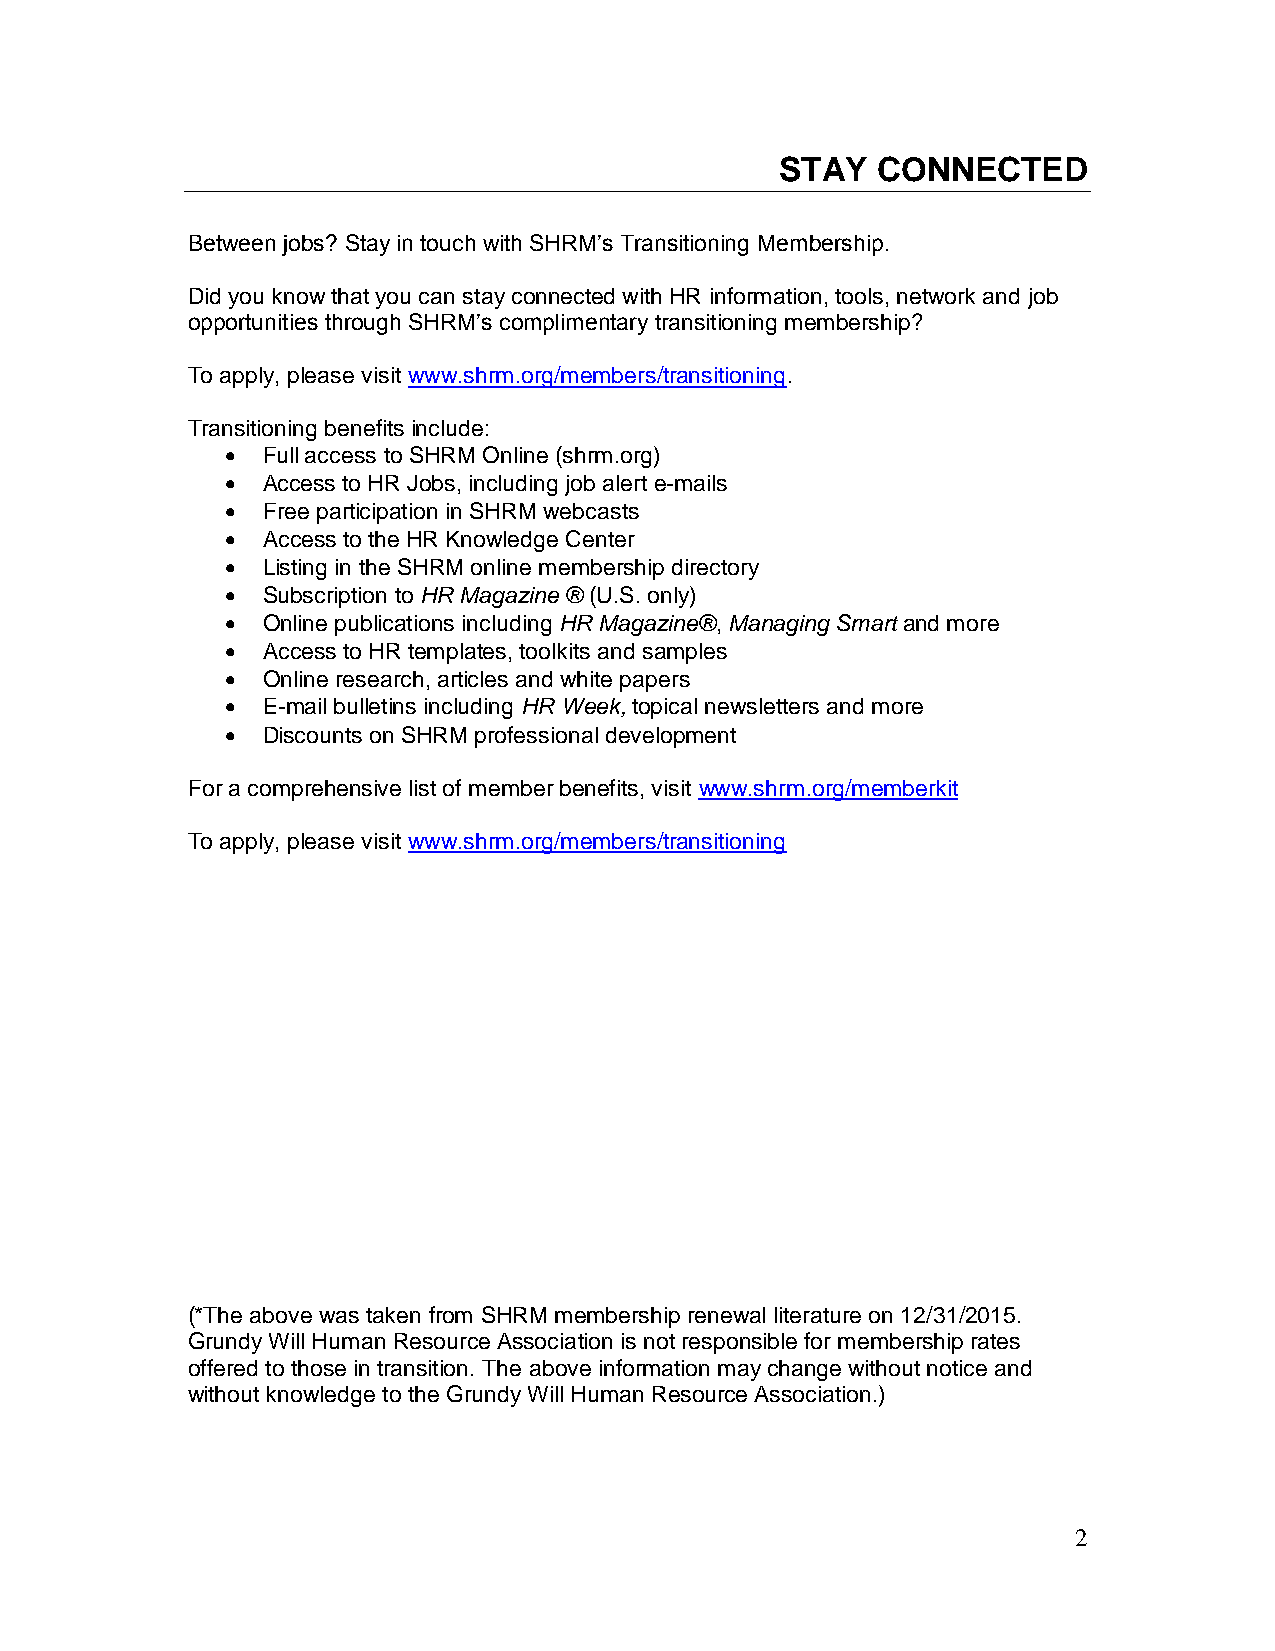
STAY  CONNECTED
 Between jobs? Stay in touch with SHRM’s Transitioning Membership.
 Did you know that you can stay connected with HR information, tools, network and job
 opportunities through SHRM’s complimentary transitioning membership?
 To apply, please visit www.shrm.org/members/transitioning.
 Transitioning benefits include:
  Full access to SHRM Online (shrm.org)
  Access to HR Jobs, including job alert e-mails
  Free participation in SHRM webcasts
  Access to the HR Knowledge Center
  Listing in the SHRM online membership directory
  Subscription to HR Magazine ® (U.S. only)
  Online publications including HR Magazine®, Managing Smart and more
  Access to HR templates, toolkits and samples
  Online research, articles and white papers
  E-mail bulletins including HR Week, topical newsletters and more
  Discounts on SHRM professional development
 For a comprehensive list of member benefits, visit www.shrm.org/memberkit
 To apply, please visit www.shrm.org/members/transitioning
 (*The above was taken from SHRM membership renewal literature on 12/31/2015.
 Grundy Will Human Resource Association is not responsible for membership rates
 offered to those in transition. The above information may change without notice and
 without knowledge to the Grundy Will Human Resource Association.)
 2